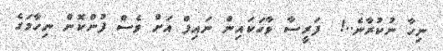
ނިހާ ނުކުރާނެ..!  ފަރީސާ ވާހަކައިން ނައިފް އަށް ވެސް ފުންކޮން ނިހާމަގެ